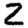
Digit: 2